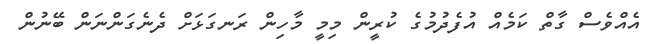
އެއްވެސް ގާތް ކަމެއް އުފެދުމުގެ ކުރީން މިމީ މާހިން ރަނގަޅަށް ދެނެގަންނަން ބޭނުން